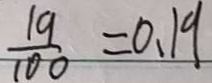
\frac { 1 9 } { 1 0 0 } = 0 . 1 9